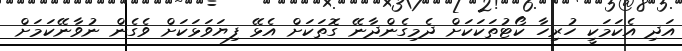
އަދި އެކަމަކީ ހުރިހާ ކޯޓުތަކަކަށް ދެމިގެންދާނޭ ގޮތަކަށް އެޅޭ ފިޔަވަޅަކަށް ވެގެން ނުވާނޭކަމަށް